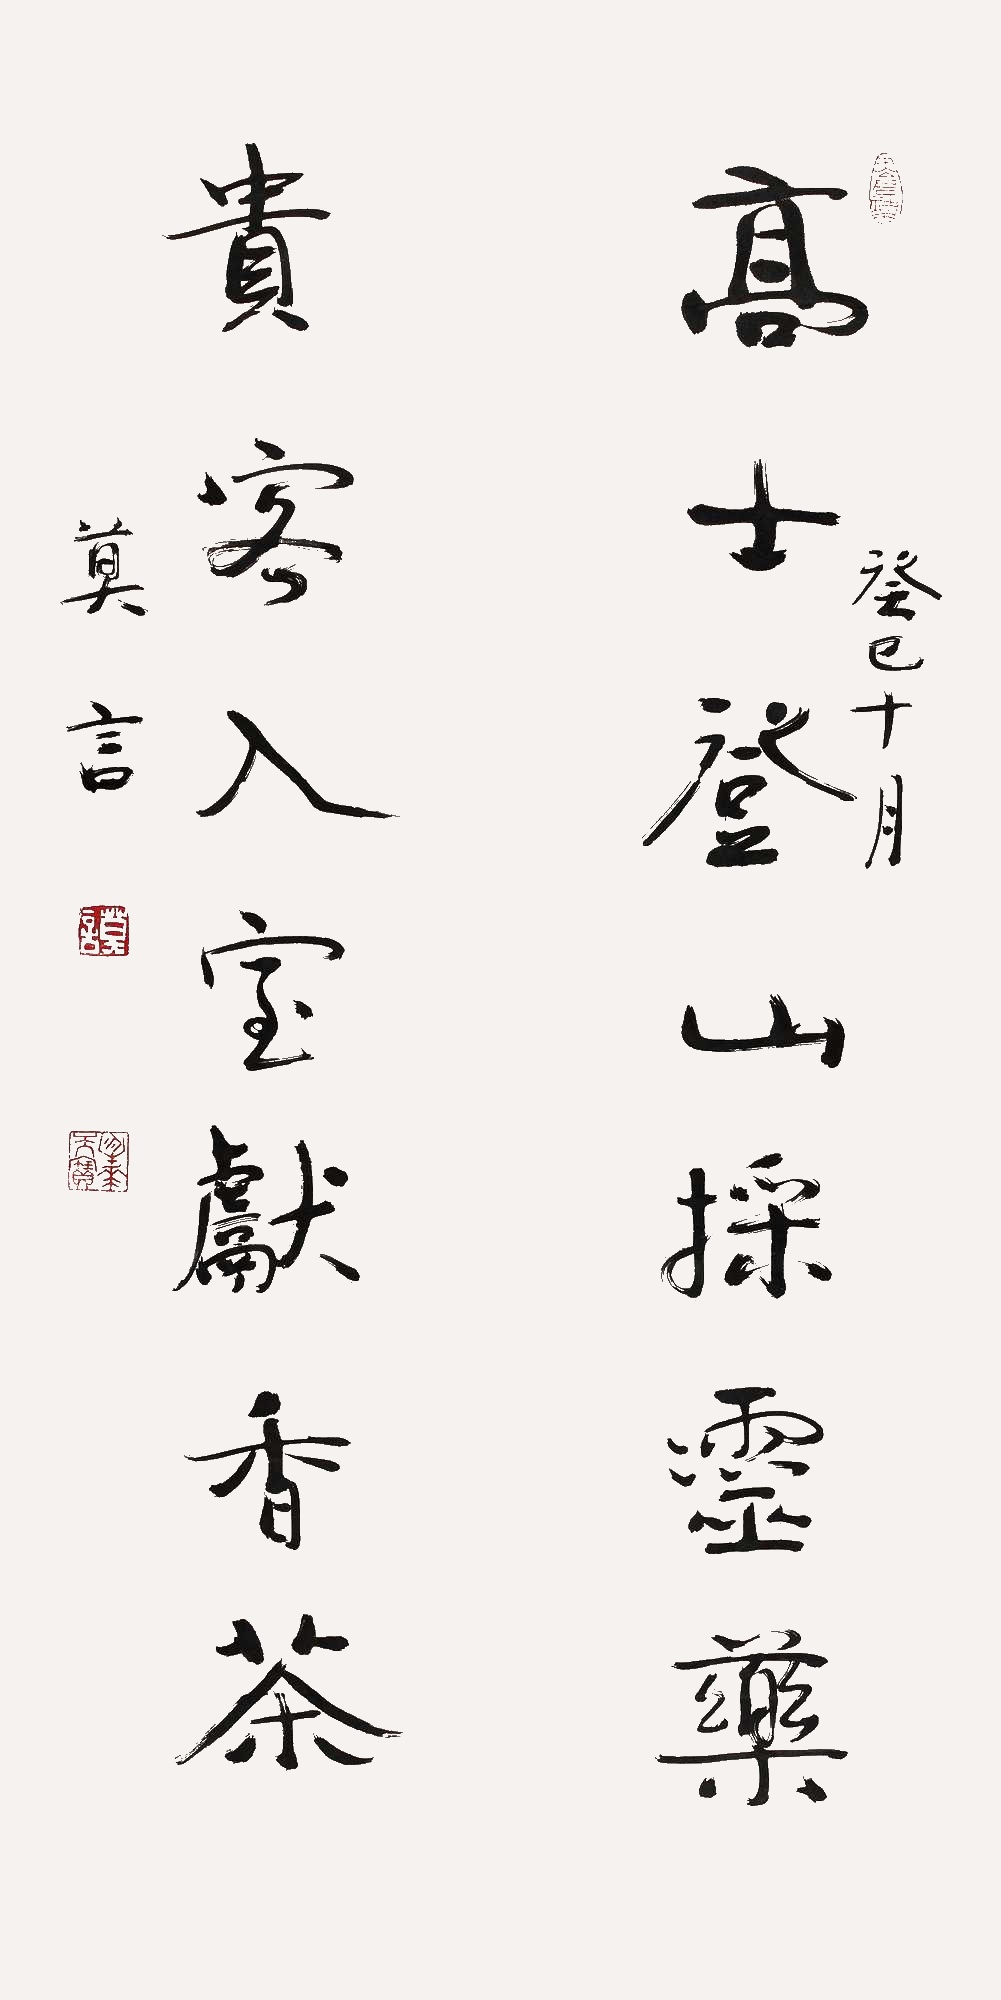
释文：高士登山采灵药，贵客入室献香茶。癸巳十月，莫言。